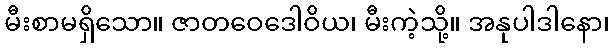
မီးစာမရှိသော။ ဇာတဝေဒေါဝိယ၊ မီးကဲ့သို့။ အနုပါဒါနော၊